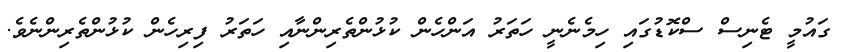
ގައުމީ ޓެނިސް ސްކޮޑުގައި ހިމެނެނީ ހަތަރު އަންހެން ކުޅުންތެރިންނާއި ހަތަރު ފިރިހެން ކުޅުންތެރިންނެވެ.